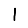
Digit: 1